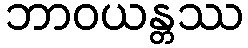
ဘာဝယန္တဿ